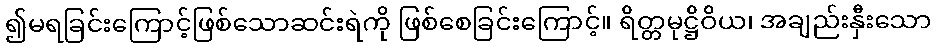
၍မရခြင်းကြောင့်ဖြစ်သောဆင်းရဲကို ဖြစ်စေခြင်းကြောင့်။ ရိတ္တမုဋ္ဌိဝိယ၊ အချည်းနှီးသော